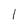
Character: 1